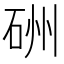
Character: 𥒁